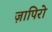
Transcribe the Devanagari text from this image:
ज़ापिरो